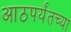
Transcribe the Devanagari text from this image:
आठपर्यंतच्या